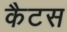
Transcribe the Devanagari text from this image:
कैटस